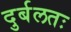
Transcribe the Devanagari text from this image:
दुर्बलतः